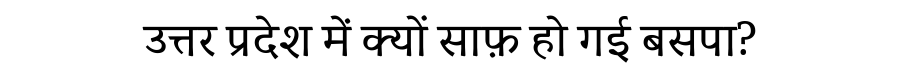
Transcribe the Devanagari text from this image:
उत्तर प्रदेश में क्यों साफ़ हो गई बसपा?